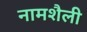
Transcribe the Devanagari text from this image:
नामशैली